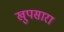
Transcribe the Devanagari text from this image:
खुपसारा